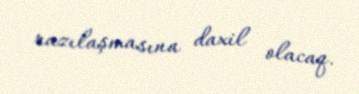
razılaşmasına daxil olacaq.